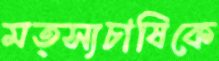
মত্স্যচাষিকে